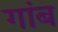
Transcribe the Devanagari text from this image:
गांब